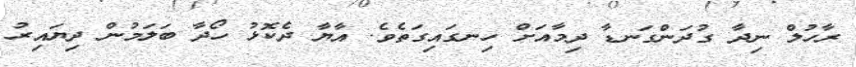
ރާހުލް ނިދާ ގުދަންގަނޑާ ދިމާއަށް ހިނގައިގަތެވެ. އާޔާ ދެކޮޅު ހޯދާ ބަލަމުން ދިޔައިރު